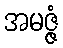
အမဇ္ဇံ